Vital statistics of India. Vol. IV, Annual returns from 1871 to 1876. British Army of India, Native Army and jails of Bengal
Year: 1871
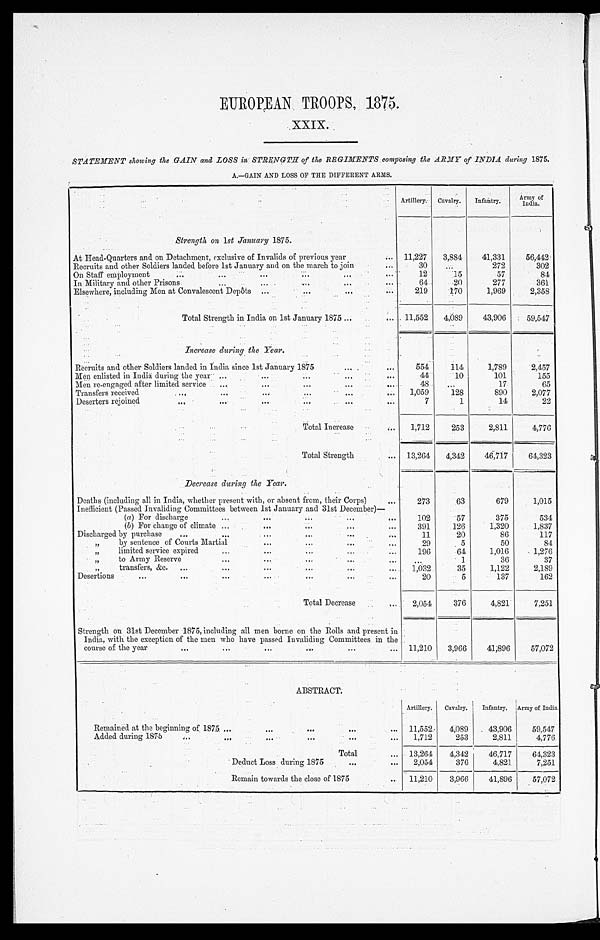
EUROPEAN TROOPS, 1875.
XXIX.
STATEMENT showing the GAIN and LOSS in STRENGTH of the REGIMENTS composing the ARMY of INDIA during 1875.
A . — G A I N A N D L O S S O F T H E D I F F E R E N T A R M S .
Artillery. Cavalry. Infantry.
A r m y o f I n d i a .
Strength on 1st January 1875.
At Head-Quarters and on Detachment, exclusive of Invalids of previous year
11,227 3,884 41,331
56,442
Recruits and other Soldiers landed before 1st January and on the march to join
30
272
302
On Staff employment
12
15
57
84
In Military and other Prisons
64
20
277
361
Elsewhere, including Men at Convalescent Depôts
219
170
1,969
2,358
Total Strength in India on 1st January 1875
11,552 4,089 43,906
59,547
Increase during the Year.
Recruits and other Soldiers landed in India since 1st January 1875
554
114
1,789
2,457
Men enlisted in India during the year
44
10
101
155
Men re-engaged after limited service
48
17
65
Transfers received
1,059
128
890
2,077
Deserters rejoined
7
1
14
22
Total Increase
1,712
253
2,811
4,776
Total Strength
13,264 4,342 46,717
64,323
Decrease during the Year.
Deaths (including all in India, whether present with, or absent from, their Corps)
2 7 3 63
679
1,015
Inefficient (Passed Invaliding Committees between 1st January and 31st December) —
(a) For discharge
102
57
375
534
(b) For change of climate
391
126
1,320
1,837
Discharged by purchase
11
20
86
117
" by sentence of Courts Martial
2 9
5
50
84
" limited service expired
196
64
1,016
1,276
" to Army Reserve
1
36
37
" transfers, &c.
1,032
35
1,122
2,189
Desertions
20
5
137
162
Total Decrease
2,054
376
4,821
7,251
Strength on 31st December 1875, including all men borne on the Rolls and present in
India, with the exception of the men who have passed Invaliding Committees in the
course of the year
11,210 3,966 41,896
57,072
ABSTRACT.
Artillery. Cavalry. Infantry.
A r m y o f I n d i a .
Remained at the beginning of 1875
11,552 4,089
43,906
59,547
Added during 1875
1,712
253
2,811
4,776
Total
13,264 4,342 46,717
64,323
Deduct Loss during 1875
2,054
376
4.821
7,251
Remain towards the close of 1875
11,210 3,966
41,896
57,072